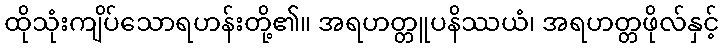
ထိုသုံးကျိပ်သောရဟန်းတို့၏။ အရဟတ္တူပနိဿယံ၊ အရဟတ္တဖိုလ်နှင့်